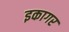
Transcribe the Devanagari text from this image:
इकागर